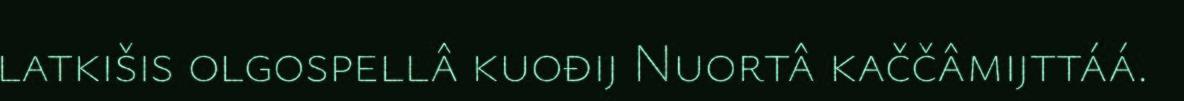
latkišis olgospellâ kuođij Nuortâ kaččâmijttáá.